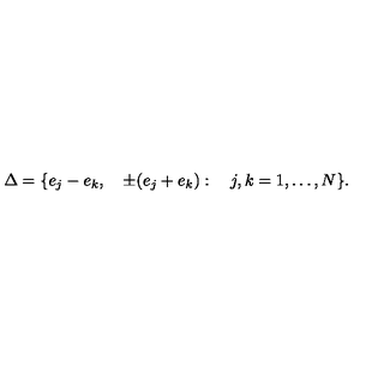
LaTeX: \Delta = \{ e _ { j } - e _ { k } , \quad \pm ( e _ { j } + e _ { k } ) : \quad j , k = 1 , \ldots , N \} .